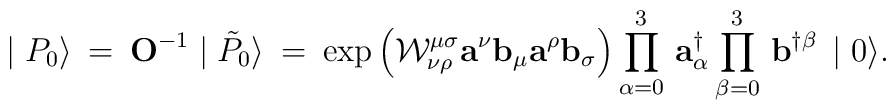
\mid {P}_{0} \rangle \:=\: {\mathbf O^{-1}}\mid \tilde{P}_{0} \rangle \:=\:\exp \left( {\cal W}^{\mu\sigma}_{\nu\rho}{\mathbf a}^{\nu}{\mathbf b}_{\mu}{\mathbf a}^{\rho}{\mathbf b}_{\sigma}\right)\prod_{\alpha =0}^{3}\, {\mathbf a}^{\dagger}_{\alpha}\prod_{\beta =0}^{3}\, {\mathbf b}^{\dagger\beta}\, \mid 0 \rangle.